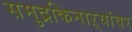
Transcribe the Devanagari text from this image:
समुद्रकिनाऱ्यांवर